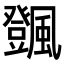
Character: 𩙄